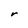
Character: r